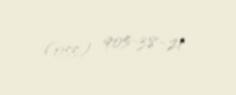
(055) 905-38-21